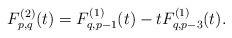
LaTeX: \begin{align*}F^{(2)}_{p,q}(t)=F^{(1)}_{q,p-1}(t)-tF^{(1)}_{q,p-3}(t).\end{align*}